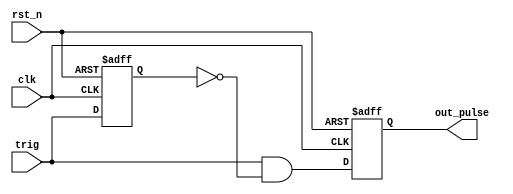
`timescale 1ns / 1ps
//////////////////////////////////////////////////////////////////////////////////
// Company: 
// Engineer: 
// 
// Design Name: 
// Module Name: one_pulse
// Project Name: 
// Target Devices: 
// Tool Versions: 
// Description: 
// 
// Dependencies: 
// 
// Revision:
// Revision 0.01 - File Created
// Additional Comments:
// 
//////////////////////////////////////////////////////////////////////////////////


module one_pulse(trig, clk, rst_n, out_pulse);
input trig;
input clk;
input rst_n;
output reg out_pulse;
reg trig_del; // trig_delay 
reg nxt_pulse;

always @*
    nxt_pulse = trig & (~trig_del);

always @(posedge clk or negedge rst_n)
    if (~rst_n)
        trig_del <= 0;
    else
        trig_del <= trig;
      
always @(posedge clk or negedge rst_n)
    if (~rst_n)
        out_pulse <= 0;
    else
        out_pulse <= nxt_pulse;
        

endmodule